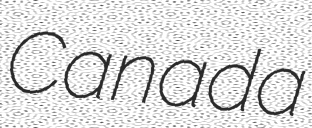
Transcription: Canada